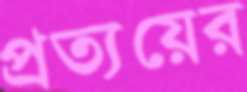
প্রত্যয়ের